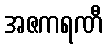
အဇကရဏီ